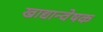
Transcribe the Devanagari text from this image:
खाद्यान्वेषक